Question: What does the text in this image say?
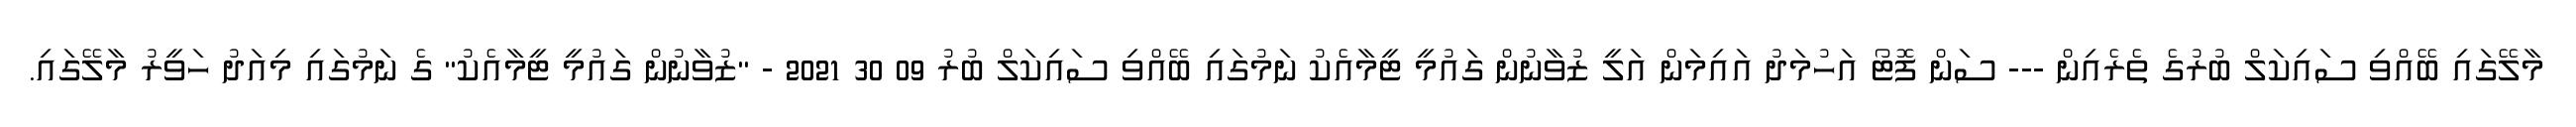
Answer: މާލޭގައި ބޭއްވި ސައިކަލް ބުރުގެ ތެރެއިން --- ސަން ފޮޓޯ އަހުމަދު އައިމަން އަލީ ޒުވާނުން ގައުމީ ޓީމާއެކު ނަމުގައި ބޭއްވި ސައިކަލް ބުރު 09 30 2021 - "ޒުވާނުން ގައުމީ ޓީމާއެކު" ގެ ނަމުގައި މިއަދު ހަވީރު މާލޭގައި.